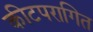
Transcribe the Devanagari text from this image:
कीटपरागित